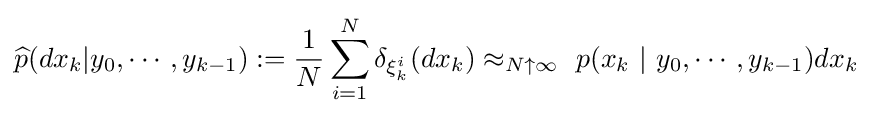
{\widehat {p}}(dx_{k}|y_{0},\cdots ,y_{k-1}):={\frac {1}{N}}\sum _{i=1}^{N}\delta _{\xi _{k}^{i}}(dx_{k})\approx _{N\uparrow \infty }~p(x_{k}~|~y_{0},\cdots ,y_{k-1})dx_{k}